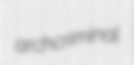
archcriminal